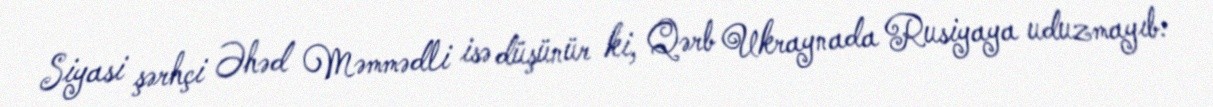
Siyasi şərhçi Əhəd Məmmədli isə düşünür ki, Qərb Ukraynada Rusiyaya uduzmayıb: